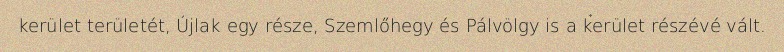
kerület területét, Újlak egy része, Szemlőhegy és Pálvölgy is a kerület részévé vált.